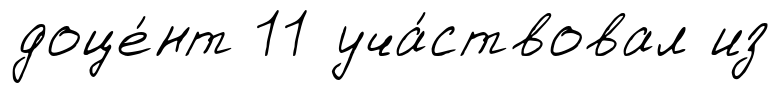
доце́нт 11 уча́ствовал из